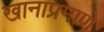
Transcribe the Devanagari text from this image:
खानाप्रमाणे